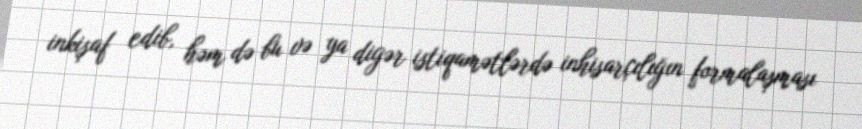
inkişaf edib, həm də bu və ya digər istiqamətlərdə inhisarçılığın formalaşması